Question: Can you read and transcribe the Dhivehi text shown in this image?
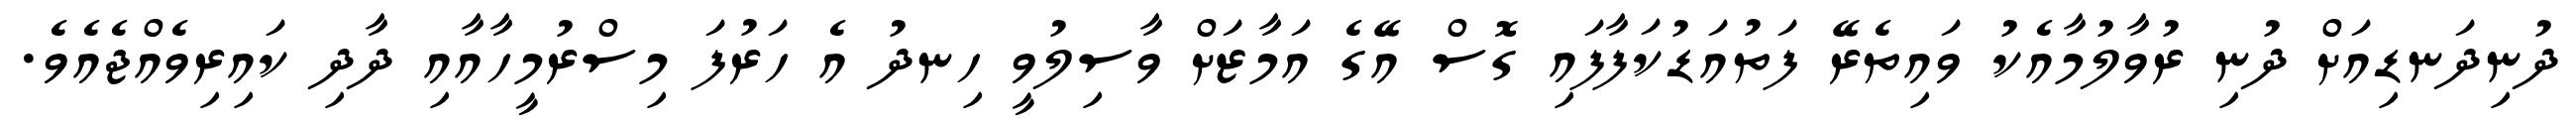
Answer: ދުނިދަނޑިއަށް ދުނި ރުވާލުމާއެކު ވައިތެރޭ ފަތުއަޑުކަފާފައި ގޮސް އޭގެ އަމާޒަށް ވާސިލުވީ ހިނދު އެ ހަރުފަ މިސްރުމީހާއާއި ދާދި ކައިރިވެއްޖެއެވެ.